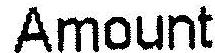
AMOUNT